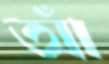
আঁ